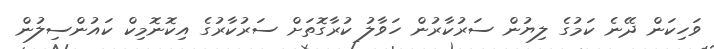
ވަހިކަން ދޭނެ ކަމުގެ ލިޔުން ސަރުކާރުން ހަވާލު ކުރާގޮތަށް ސަރުކާރުގެ އިކޮނޮމިކް ކައުންސިލުން